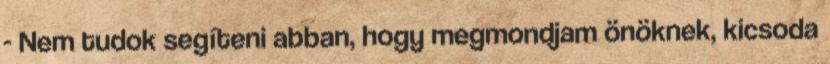
- Nem tudok segíteni abban, hogy megmondjam önöknek, kicsoda